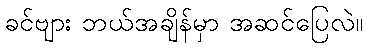
ခင်ဗျား ဘယ်အချိန်မှာ အဆင်ပြေလဲ။